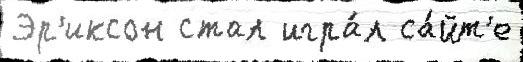
Эр'иксон стал игра́л са́йт'е